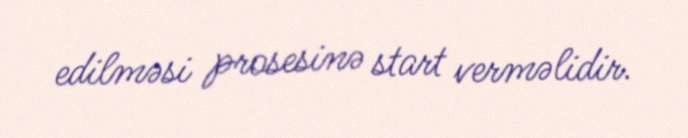
edilməsi prosesinə start verməlidir.